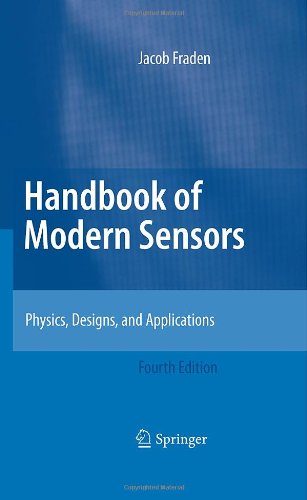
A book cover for Handbook of Modern Sensors: Physics, Designs, and Applications; Jacob Fraden; Science & Math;